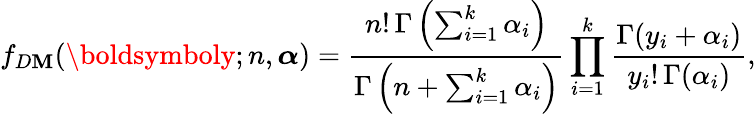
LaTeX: f_{D\mathbf{M}}(\boldsymboly;n,\boldsymbol\alpha)=\frac{{n!\, \Gamma\left(\sum_{i=1}^{k}\alpha_{i}\right)}}{{\Gamma\left(n+\sum_{i=1}^{k}\alpha_{i}\right)}}\prod_{i=1}^{k}\frac{{\Gamma(y_{i}+\alpha_{i})}}{{y_{i}!\, \Gamma(\alpha_{i})}},